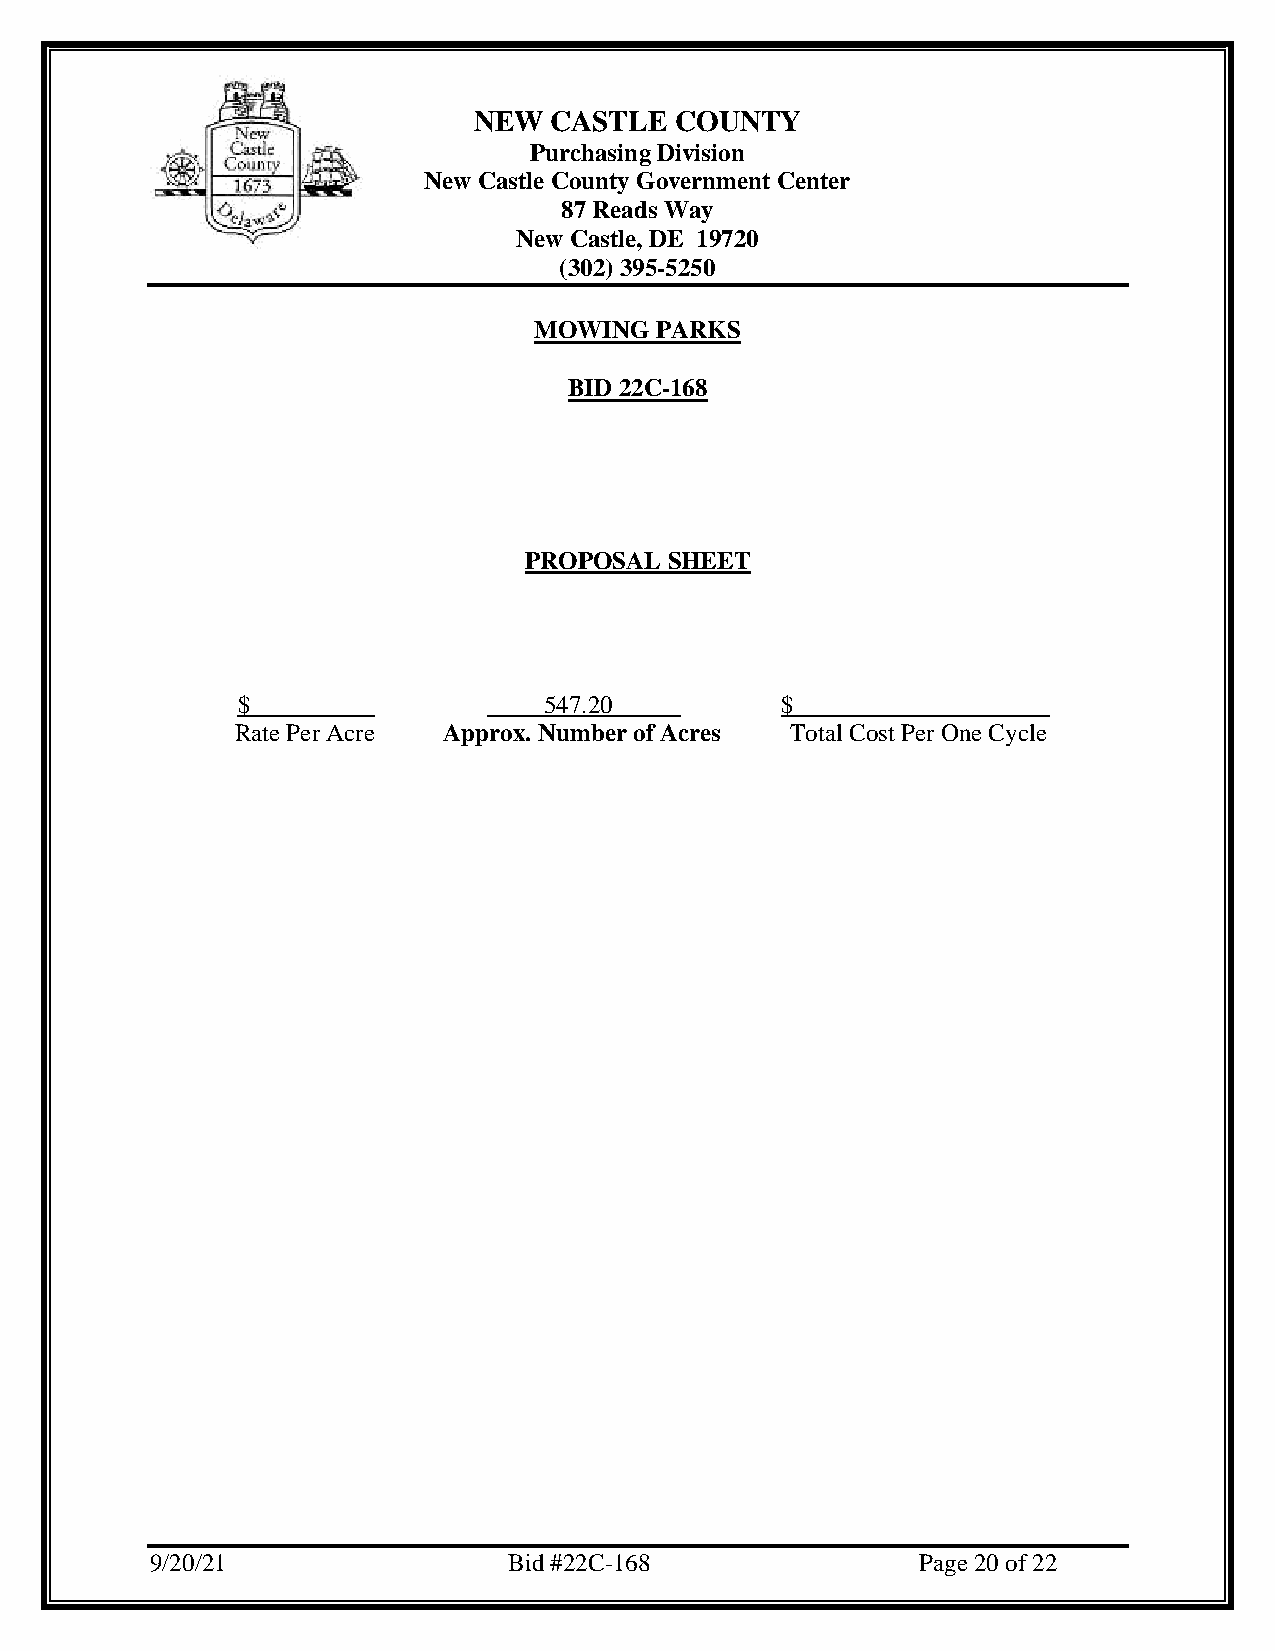
NEW  CASTLE   COUNTY
 Purchasing Division
 New Castle County Government Center
 87 Reads Way
 New Castle, DE 19720
 (302) 395-5250
 MOWING  PARKS
 BID 22C-168
 PROPOSAL SHEET
 $                   547.20          $
 Rate Per Acre Approx. Number of Acres Total Cost Per One Cycle
 9/20/21                 Bid #22C-168               Page 20 of 22